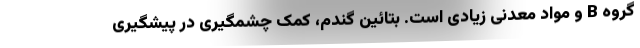
گروه B و مواد معدنی زیادی است. بتائین گندم، کمک چشمگیری در پیشگیری